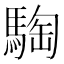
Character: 騊